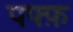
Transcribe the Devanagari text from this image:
पफ्फ़